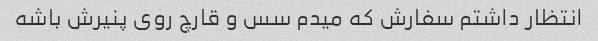
انتظار داشتم سفارش که میدم سس و قارچ روی پنیرش باشه